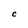
Character: C